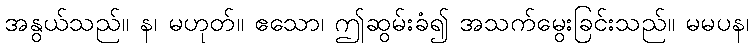
အနွယ်သည်။ န၊ မဟုတ်။ ဧသော၊ ဤဆွမ်းခံ၍ အသက်မွေးခြင်းသည်။ မမပန၊